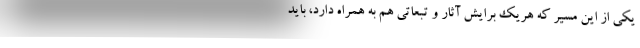
یکی از این مسیر که هریک برایش آثار و تبعاتی هم به همراه دارد، باید